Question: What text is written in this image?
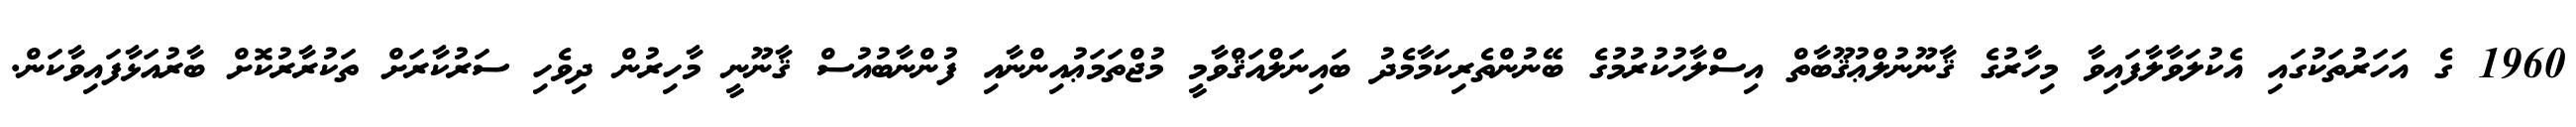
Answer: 1960 ގެ އަހަރުތަކުގައި އެކުލަވާލާފައިވާ މިހާރުގެ ޤާނޫނުލްޢުޤޫބާތް އިސްލާހުކުރުމުގެ ބޭނުންތެރިކަމާމެދު ބައިނަލްއަޤްވާމީ މުޖްތަމަޢުއިންނާއި ފުންނާބުއުސް ޤާނޫނީ މާހިރުން ދިވެހި ސަރުކާރަށް ތަކުރާރުކޮށް ބާރުއަޅާފައިވާކަން.